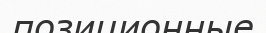
позиционные